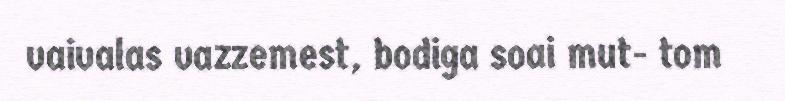
vaivalas vazzemest, bodiga soai mut- tom